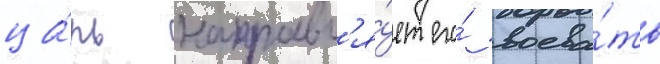
ца́рь направл'я́ет его́ воева́ть